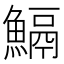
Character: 𩹺